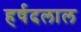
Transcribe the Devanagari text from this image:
हर्षदलाल